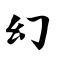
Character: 幻